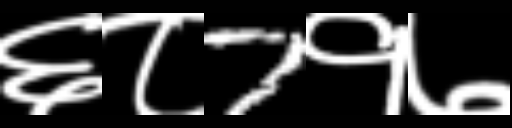
Text: ६८7१७